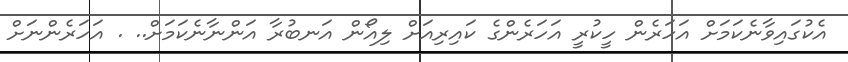
އެކުގައިވާނެކަމަށް އަހަރެން ހީކުރީ އަހަރެންގެ ކައިރިއަށް ލިއޯން އަނބުރާ އަންނާނެކަމަށް.. . އަހަރެންނަށް